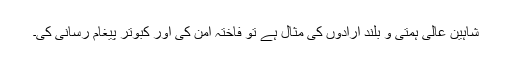
شاہین عالی ہمتی و بلند ارادوں کی مثال ہے تو فاختہ امن کی اور کبوتر پیغام رسانی کی۔